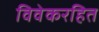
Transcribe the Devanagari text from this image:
विवेकरहित